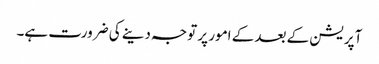
آپریشن کے بعد کے امور پر توجہ دینے کی ضرورت ہے۔